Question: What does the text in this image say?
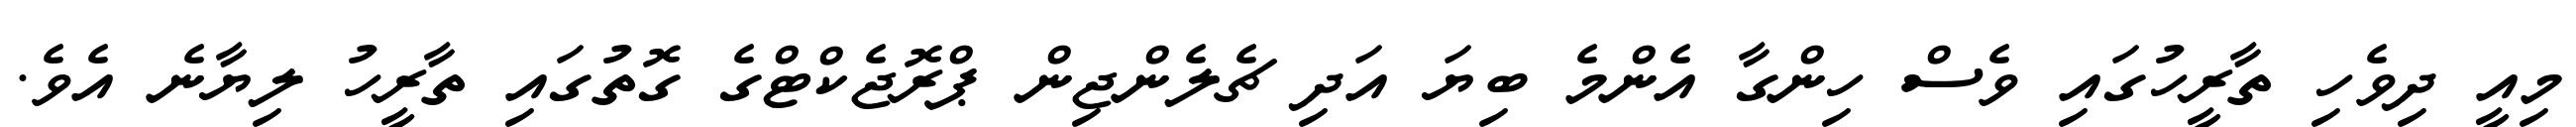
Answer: މިއީ ދިވެހި ތާރީހުގައި ވެސް ހިންގާ އެންމެ ބިޔަ އަދި ޗެލެންޖިން ޕްރޮޖެކްޓްގެ ގޮތުގައި ތާރީހު ލިޔާނެ އެވެ.